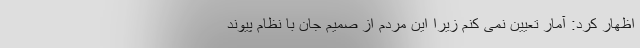
اظهار کرد: آمار تعیین نمی کنم زیرا این مردم از صمیم جان با نظام پیوند